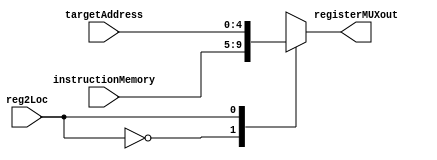
// This program was cloned from: https://github.com/ronitrex/ARMLEG
// License: GNU General Public License v3.0

module RegisterMux
(
	input [4:0] instructionMemory,
	input [4:0] targetAddress,
	input reg2Loc,
	output reg [4:0] registerMUXout
);

	always @(*) case (reg2Loc)
		0: registerMUXout = instructionMemory;
		1: registerMUXout = targetAddress;
		default: registerMUXout = instructionMemory;
	endcase
endmodule